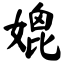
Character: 媲